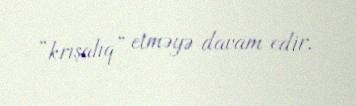
“krışalıq” etməyə davam edir.